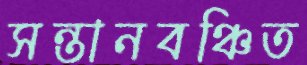
সন্তানবঞ্চিত